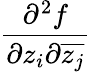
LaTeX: \frac{\partial^{2}f}{\partial z_{i}\partial{\overline{{z_{j}}}}}